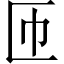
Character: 匝